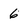
Character: 6